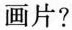
画片？